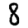
Digit: 8